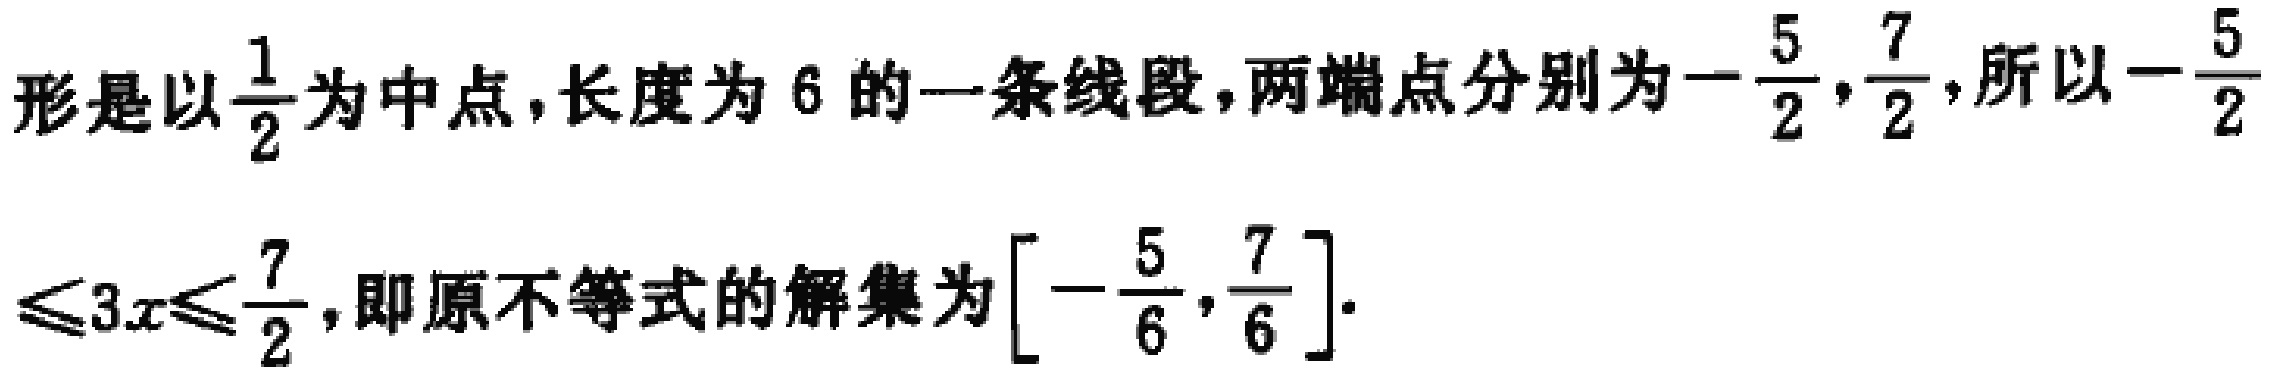
形是以$\frac{1}{2}$为中点，长度为$6$的一条线段，两端点分别为$-\frac{5}{2},\frac{7}{2}$，所以$-\frac{5}{2}\leq 3x\leq\frac{7}{2}$，即原不等式的解集为$\left[-\frac{5}{6},\frac{7}{6}\right]$.